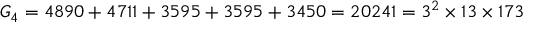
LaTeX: G _ { 4 } = 4 8 9 0 + 4 7 1 1 + 3 5 9 5 + 3 5 9 5 + 3 4 5 0 = 2 0 2 4 1 = 3 ^ { 2 } \times 1 3 \times 1 7 3